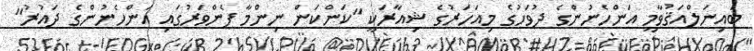
ބައިނަލްއަޤުވާމީ އަންހެނުންގެ ދުވަހުގެ މިއަހަރުގެ ޝިއާރަކީ "ކަންކަން ނިންމާ ފެންވަރުގައި އަންހެނުންގެ ދައުރު"